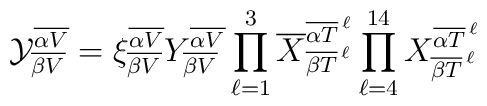
{\cal Y}^{\overline {\alpha V}}_{\overline {\beta V}}= \xi^{\overline {\alpha V}}_{\overline {\beta V}} Y^{\overline {\alpha V}}_{\overline {\beta V}} \prod_{\ell=1}^3 {\overline X}^ {{\overline {\alpha T}}^{\,\ell}}_{{\overline {\beta T}}^{\, \ell}}  \prod_{\ell=4}^{14} X^{{\overline {\alpha T}}^{{\,\ell}}}_{{\overline {\beta T}}^{{\, \ell}}}